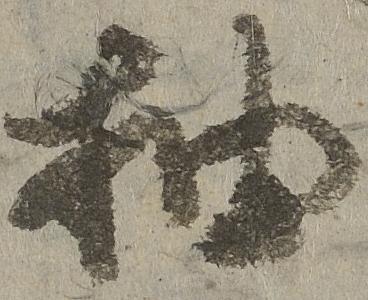
抽